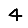
Digit: 4